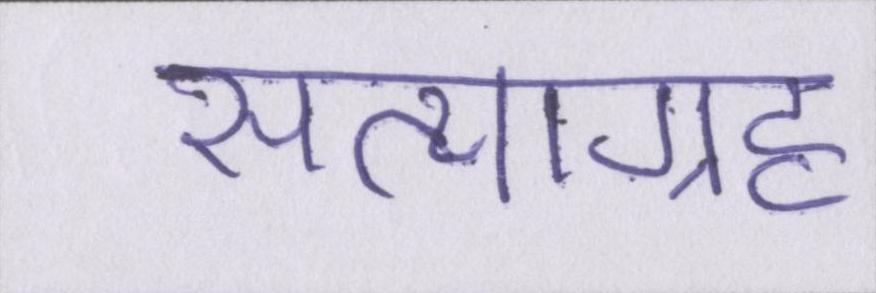
सत्याग्रह